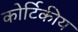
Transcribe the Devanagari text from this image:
कोर्टिकीय